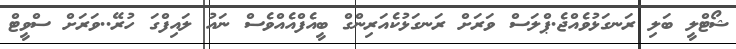
ޝޯޓްލީ ބަލި ރަނގަޅުވެއްޖެ.ޕްލަސް ވަރަށް ރަނގަޅުކެއަރިންގް ބީއެފްއެއްވެސް ނައު ލައިފްގަ ހުރޭ..ވަރަށް ސްވީޓް